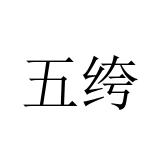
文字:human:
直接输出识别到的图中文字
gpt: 五绔